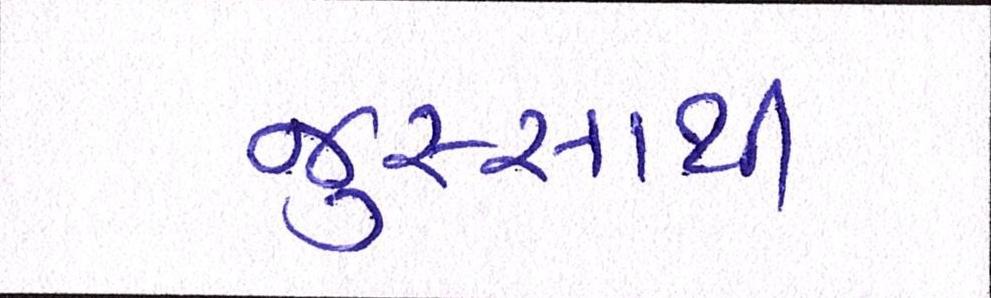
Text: જુસ્સાથી